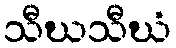
သီဃသီဃံ